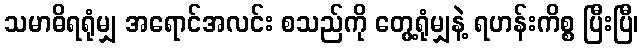
သမာဓိရရုံမျှ အရောင်အလင်း စသည်ကို တွေ့ရုံမျှနဲ့ ရဟန်းကိစ္စ ပြီးပြီ၊